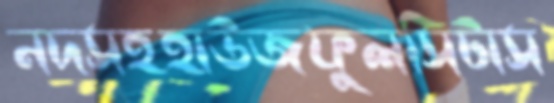
নদসহহাউজফুলসিটাস